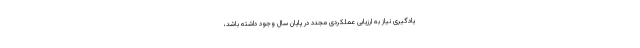
یادگیری نیاز به ارزیابی عملکردی مجدد در پایان سال وجود داشته باشد،